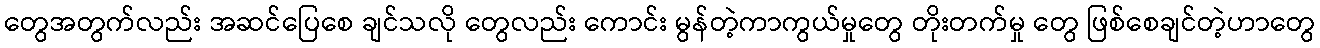
တွေအတွက်လည်း အဆင်ပြေစေ ချင်သလို တွေလည်း ကောင်း မွန်တဲ့ကာကွယ်မှုတွေ တိုးတက်မှု တွေ ဖြစ်စေချင်တဲ့ဟာတွေ